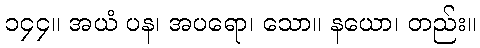
၁၄၄။ အယံ ပန၊ အပရော၊ သော။ နယော၊ တည်း။